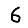
Digit: 6